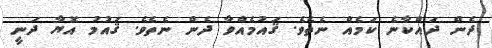
ދެން ދައްކާނެ ކަމެއް ނެތެވެ. ޤައުމެއްވާ ދެން ނެތެވެ. ޤައުމު އޮޔާ ދަނީ